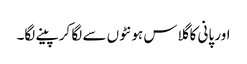
اور پانی کا گلاس ہونٹوں سے لگا کر پینے لگا۔